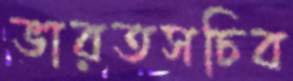
ভারতসচিব